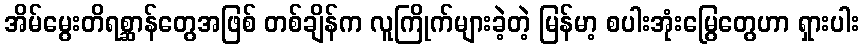
အိမ်မွေးတိရစ္ဆာန်တွေအဖြစ် တစ်ချိန်က လူကြိုက်များခဲ့တဲ့ မြန်မာ့ စပါးအုံးမြွေတွေဟာ ရှားပါး